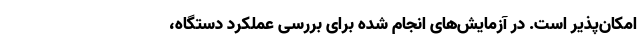
امکان‌پذیر است. در آزمایش‌های انجام شده برای بررسی عملکرد دستگاه،